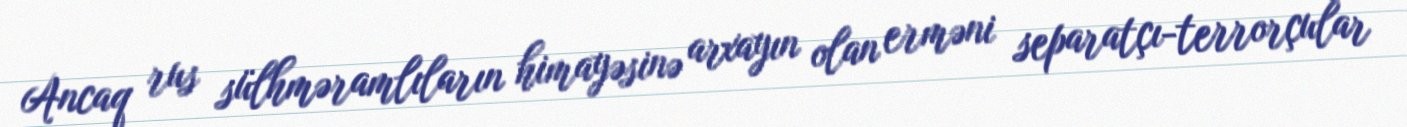
Ancaq rus sülhməramlıların himayəsinə arxayın olan erməni separatçı-terrorçular